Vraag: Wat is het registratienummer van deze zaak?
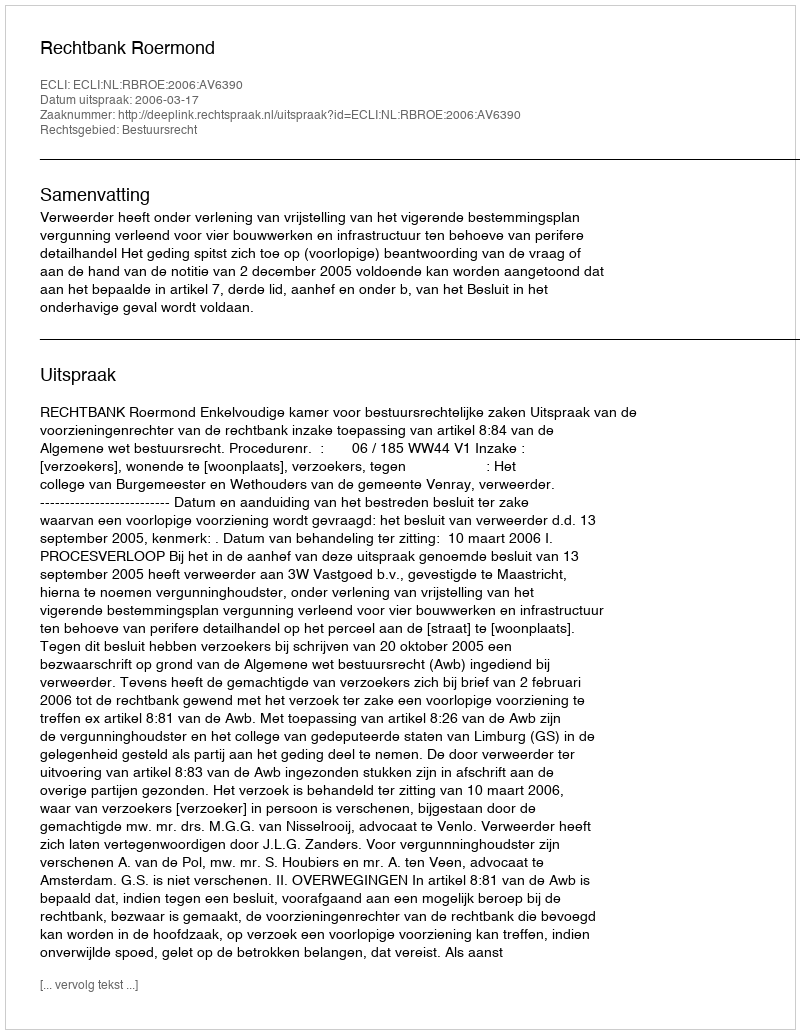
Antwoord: http://deeplink.rechtspraak.nl/uitspraak?id=ECLI:NL:RBROE:2006:AV6390